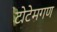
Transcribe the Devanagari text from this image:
टोटेमगण